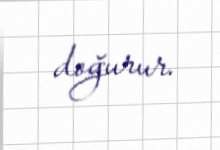
doğurur.